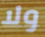
ولا